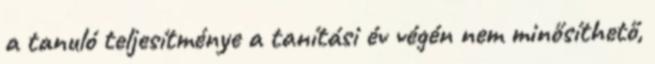
a tanuló teljesítménye a tanítási év végén nem minősíthető,